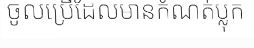
ចូលប្រើដែលមានកំណត់ប្លុក